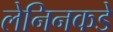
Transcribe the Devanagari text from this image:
लेनिनकडे